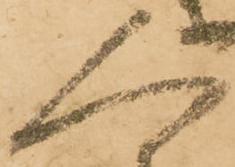
人